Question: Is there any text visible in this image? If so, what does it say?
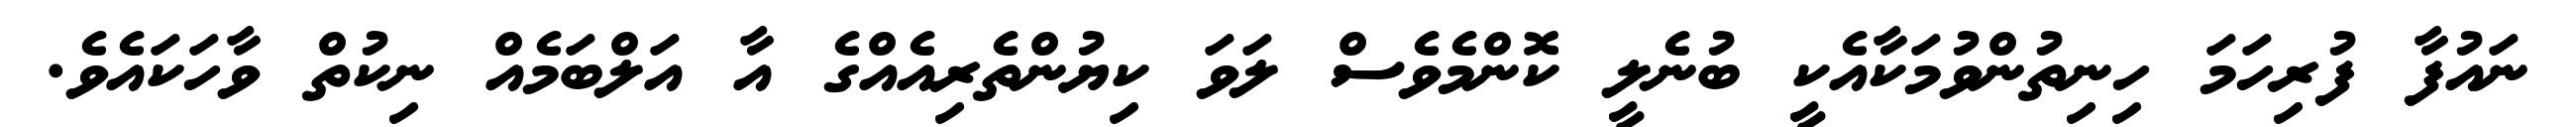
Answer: ނައުފާ ފުރިހަމަ ހިނިތުންވުމަކާއެކީ ބުނެލީ ކޮންމެވެސް ލަވަ ކިޔުންތެރިއެއްގެ އާ އަލްބަމެއް ނިކުތް ވާހަކައެވެ.